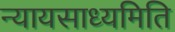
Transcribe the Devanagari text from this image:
न्यायसाध्यमिति